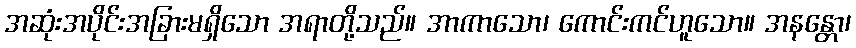
အဆုံးအပိုင်းအခြားမရှိသော အရာတို့သည်။ အာကာသော၊ ကောင်းကင်ဟူသော။ အနန္တော၊